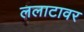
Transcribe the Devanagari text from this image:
ललाटावर